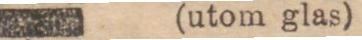
(utom glas)